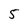
Character: 5